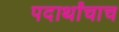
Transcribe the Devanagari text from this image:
पदार्थांचाच